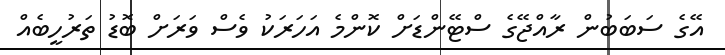
އޭގެ ސަބަބުން ރާއްޖޭގެ ސްޓޭންޑަށް ކޮންމެ އަހަރަކު ވެސް ވަރަށް ބޮޑު ތަރުހީބެއް